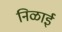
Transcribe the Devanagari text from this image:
निळाई